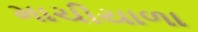
માચીયાળા